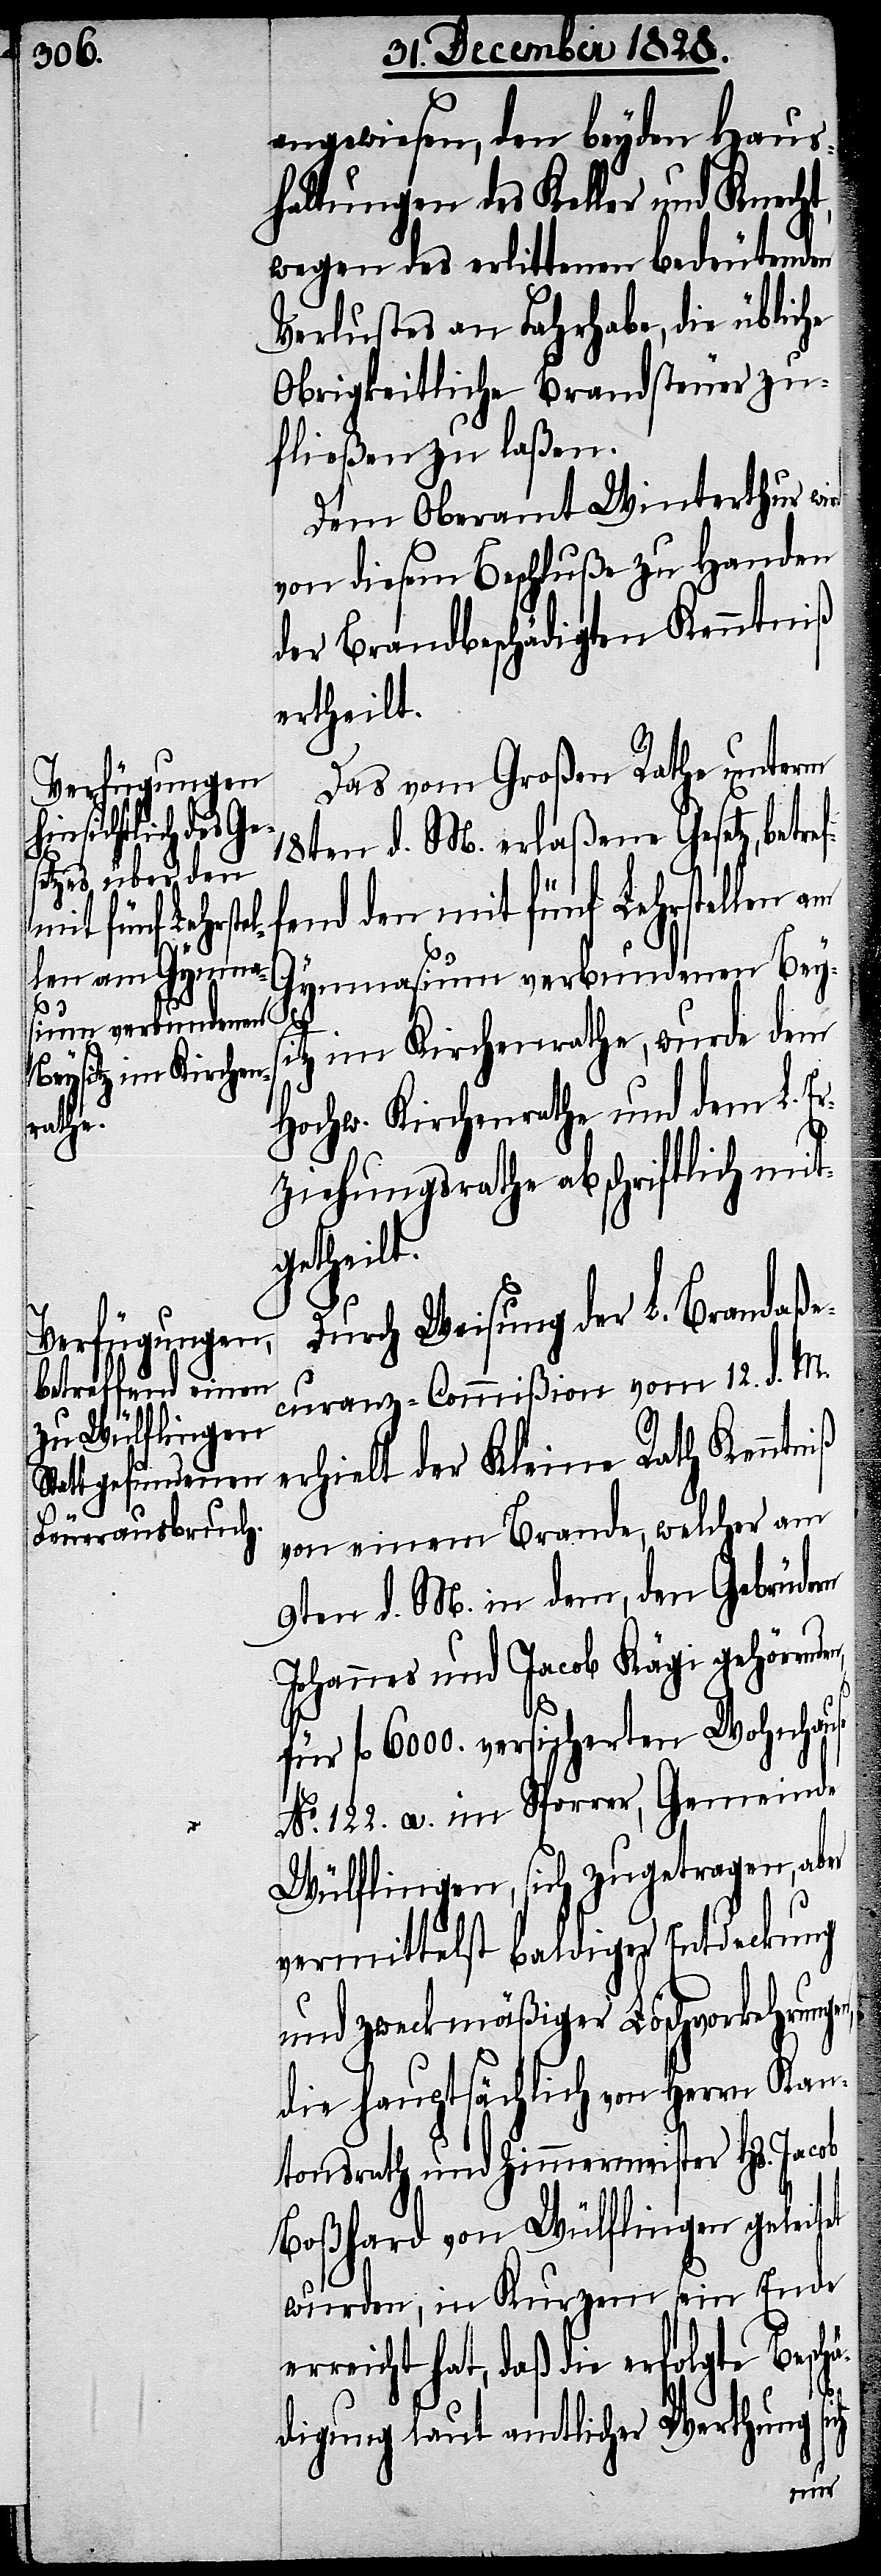
angewiesen, den beyden Haus¬
haltungen des Keller und Kn¬
wegen des erlittenen bedeutenden
Verlustes an Fahrhabe, die übliche
Obrigkeitliche Brandsteuer zu¬
fließen zu laßen.
Dem Oberamt Winterthur wird
von diesem Beschluße zu Handen
der Brandbeschädigten Kenntniß
ertheilt.
Das vom Großen Rathe unterm
18ten d. M. erlaßene Gesetz, be¬
fend den mit fünf Lehrstellen am
Gymnasium verbundenen Bey¬
sich
z im Kirchenrathe, wurde dem
Hochw. Kirchenrathe und dem L. E¬
rziehungsrathe abschriftlich mit¬
getheilt.
Durch Weisung der L. Brandaße¬
curanz-Commißion vom 12. d. M.
erhielt der Kleine Rath Kenntniß
von einem Brande, welcher am
9ten d. M. in dem, den Gebrüdern
Johannes und Jacob Kägi gehörende¬
n,
für fl. 6000. versicherten Wohnhause
No. 122. a. im Sporrer, Gemeinde
Wülflingen, sich zugetragen, aber
vermittelst baldiger Entdeckung
und zweckmäßiger Löschvorkehrung¬
die hauptsächlich von Herrn Ka¬
ntonsrath und Zimmermeister Hs. Jacob
Boßhard von Wülflingen geleitet
wurden, in Kurzem sein Ende
erreicht hat, daß die erfolgte Besch¬
ädigung laut amtlicher Werthung
en,